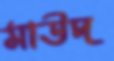
মাউদ